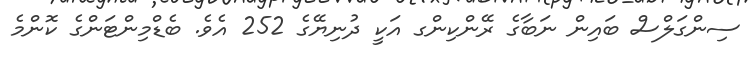
ސިންގަލްސް ބައިން ނަބާގެ ރޭންކިންގ އަކީ ދުނިޔޭގެ 252 އެވެ. ބެޑްމިންޓަންގެ ކޮންމެ